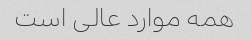
همه موارد عالی است